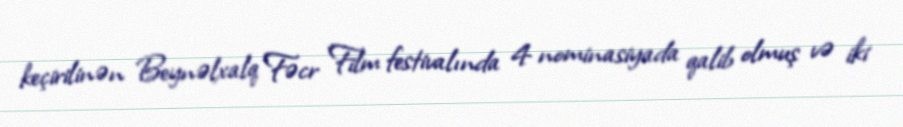
keçirilinən Beynəlxalq Fəcr Film festivalında 4 nominasiyada qalib olmuş və iki